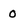
Character: O